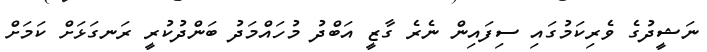
ނަޝީދުގެ ވެރިކަމުގައި ސިފައިން ނެރެ ގާޒީ އަބްދު މުހައްމަދު ބަންދުކުރީ ރަނގަޅަށް ކަމަށް